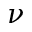
\nu